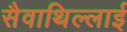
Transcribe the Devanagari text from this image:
सैवाथिल्लाई